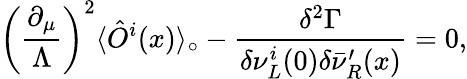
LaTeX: \left({\frac{\partial_{\mu}}{\Lambda}}\right)^{2}\langle\hat{O}^{i}(x)\rangle_{\circ}-{\frac{\delta^{2}\Gamma}{\delta\nu_{L}^{i}(0)\delta\bar{\nu}_{R}^{\prime}(x)}}=0,